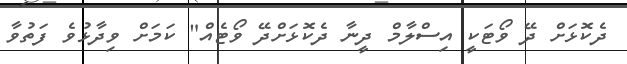
ދެކޮޅަށް ދޭ ވޯޓަކީ އިސްލާމް ދީނާ ދެކޮޅަށްދޭ ވޯޓެއް" ކަމަށް ވިދާޅުވެ ފަތުވާ